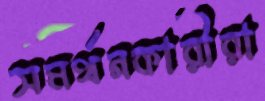
সমর্থনকারীরা